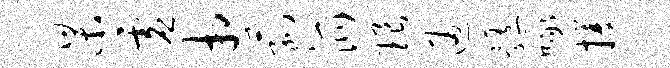
杲虚相菰派琅通髓啄攫